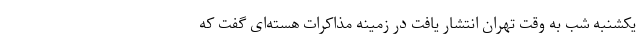
یکشنبه شب به وقت تهران انتشار یافت در زمینه مذاکرات هسته‌ای گفت که